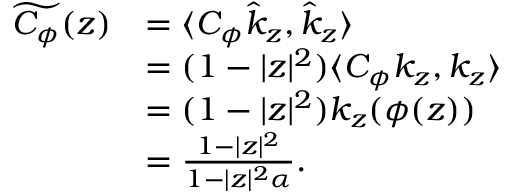
\begin{array} { r l } { \widetilde { C _ { \phi } } ( z ) } & { = \langle C _ { \phi } \hat { k } _ { z } , \hat { k } _ { z } \rangle } \\ & { = ( 1 - | z | ^ { 2 } ) \langle C _ { \phi } { k _ { z } } , { k _ { z } } \rangle } \\ & { = ( 1 - | z | ^ { 2 } ) k _ { z } ( \phi ( z ) ) } \\ & { = \frac { 1 - | z | ^ { 2 } } { 1 - | z | ^ { 2 } \alpha } . } \end{array}